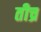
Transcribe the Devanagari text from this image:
तीच्र